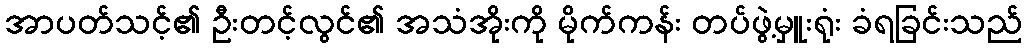
အာပတ်သင့်၏ ဦးတင့်လွင်၏ အသံအိုးကို မိုက်ကန်း တပ်ဖွဲ့မှူးရုံး ခံရခြင်းသည်